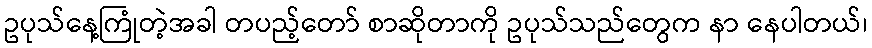
ဥပုသ်နေ့ကြုံတဲ့အခါ တပည့်တော် စာဆိုတာကို ဥပုသ်သည်တွေက နာ နေပါတယ်၊